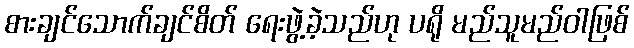
စားချင်သောက်ချင်စိတ် ရေးဖွဲ့ခဲ့သည်ဟု ပရို မည်သူမည်ဝါဖြစ်